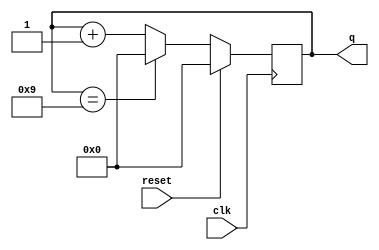
// Build a decade counter that counts from 0 through 9, inclusive, with a period of 10. 
// The reset input is synchronous, and should reset the counter to 0.

module top_module (
    input clk,
    input reset,      // Synchronous active-high reset
    output reg [3:0] q);
    
    always @ (posedge clk)
    begin
        if (reset) begin
            q <= 4'b0000;
        end else begin
            q <= (q == 4'd9) ? 0 : q + 1'b1;
        end
    end


endmodule